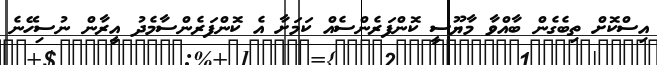
އިސްކޮށް ތިބެގެން ބާއްވާ މާޔޫސީ ކޮންފަރެންސެއް ކަމަށާ އެ ކޮންފަރެންސާމެދު އީރާން ނުސިހޭނެ